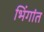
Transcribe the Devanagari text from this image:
भिंगांत